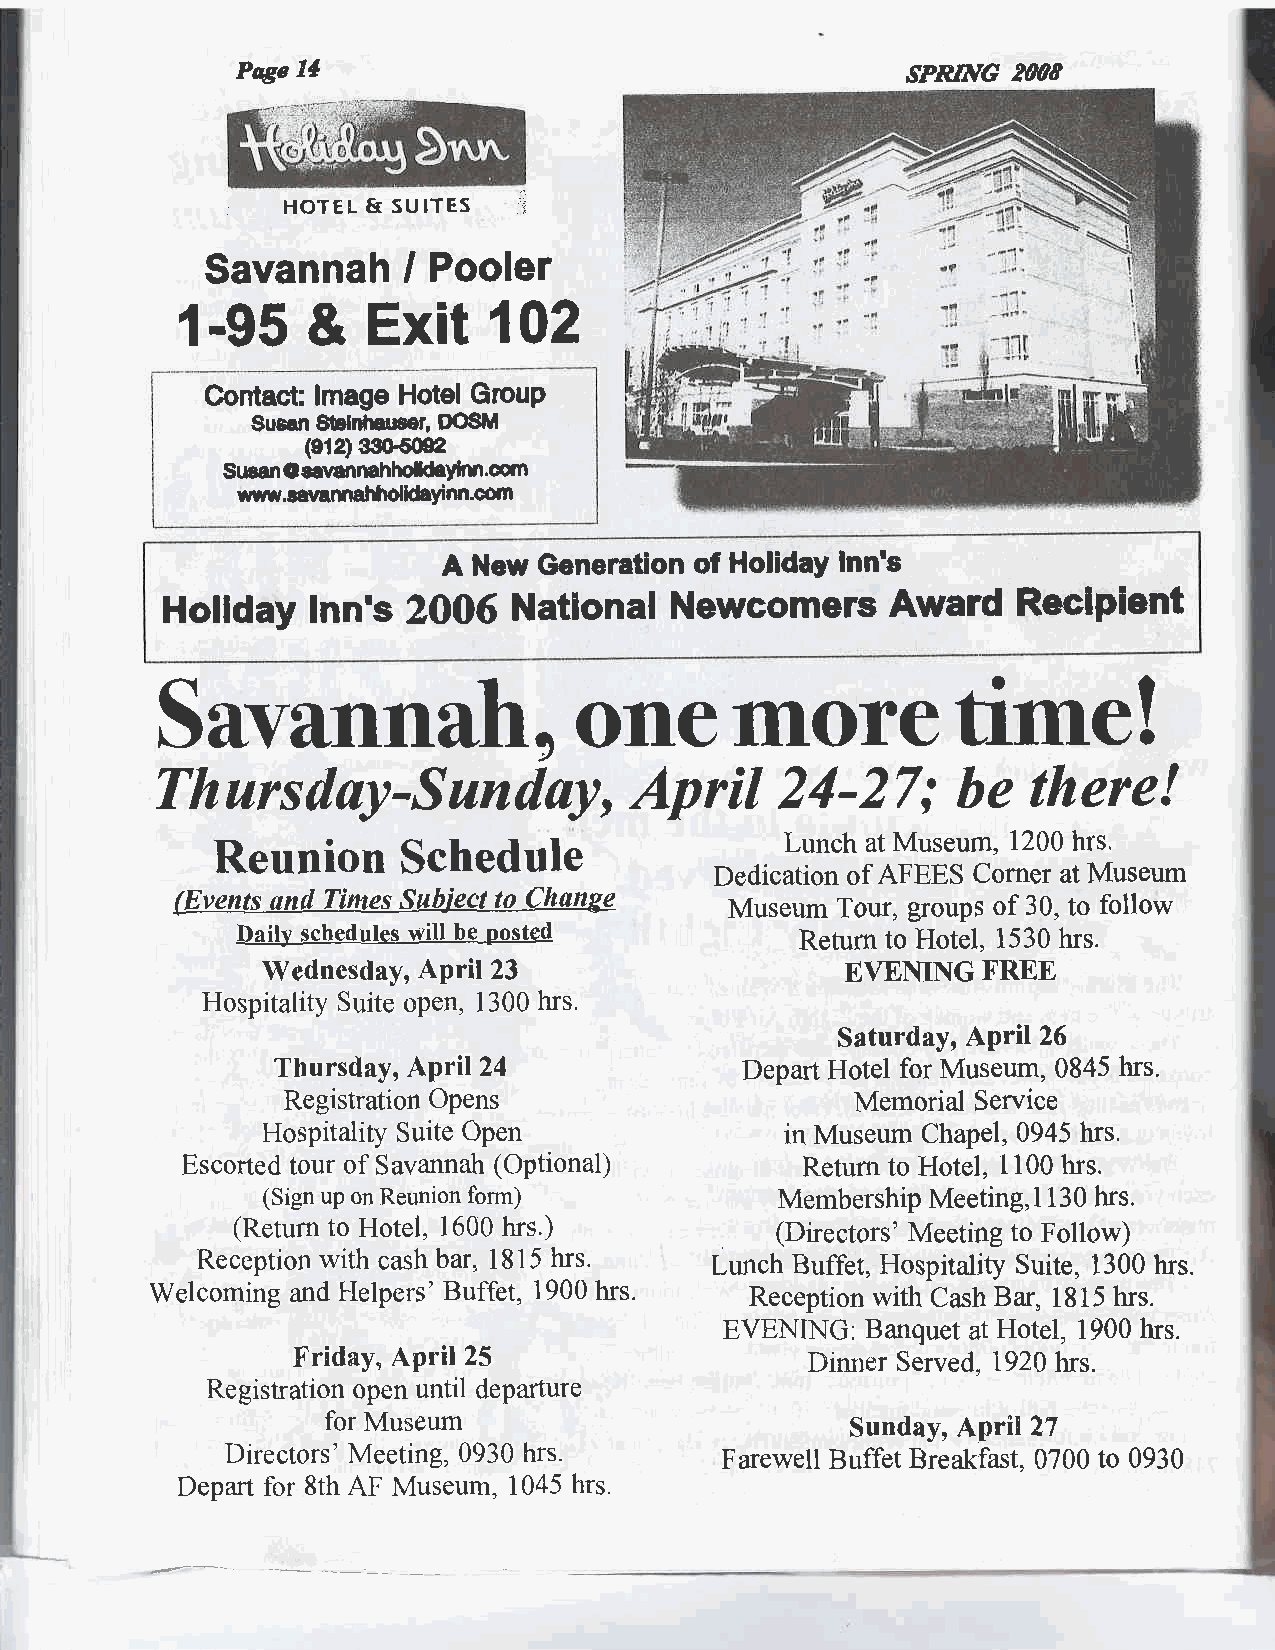
Prye 14                                     SPRING fr08
 HOTEI- & SUITES 'r
 Savannah     / Pooler
 1-95    &   Exit     102
 Contast lmage Hotel GrouP
 $usan $b|lduner, DO6M
 (et2) 3{m-50e
 Suean O tarartnhholdeYdm.om
 wru.ldlemahhdHaYinn.cqn
 A New  @neration of HolidaY Inn's
 Holiday   lnn's 2006   National  Newcomers      Award   Reclpient
 Savannah,                  one        more          time
 !
 Thursday-Sundoy,                April     24-27;     be   there!
 Reunion      Schedule                 Lunch at Museum, 1200 hrs.
 Dedication of AFEES Corner at Museum
 (Events and Times Subiect to Chang  Museum Tour, groups of 30, to follow
 Daily sehqdules will be posted       Return to Hotel, 1530 hrs.
 Wednesday, April 23                    EVENING  FREE
 Hospitality Suite open, 1300 hrs.
 Saturday, APril 26
 Thursday, April 24             Depart Hotel for Museum, 0845 hrs.
 Registration Opens                    Memorial Service
 Hospitality Suite Open             in Museum Chapel, 0945 hrs.
 Escorted tour of Savannah (Optional)     Retum to Hotel, I100 hrs"
 (Sign up on Reunion form)          Membership Meeting, I 30 hrs.
 1
 (Return to Hotel, 1600 hrs.)       (Directors' Meeting to Follow)
 Reception with cash bar, 1815 hrs. Lunch Buffet, Hospitality Suite, 1300 hrs.
 Welcoming and Helpers' Buffet, 1900 hrs. Reception with Cash Bar, 1815 hrs.
 EVENING: Banquet at Hotel, 1900 h,rs.
 Friday, April 25                   Dinner Served, 1920 hrs.
 Registration open until departtlre
 for Museurn                       Sunday, April 27
 Directors' Meeting, 0930 hrs.    Farewell Buffet Breakfast. 0700 to 0930
 Depart for 8th AF Museum, 1045 hrs.